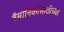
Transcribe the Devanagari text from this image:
वैमानिकांसाठीच्या